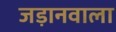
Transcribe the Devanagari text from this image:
जड़ानवाला